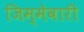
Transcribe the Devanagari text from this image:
जिम्‍मेवारी